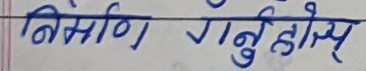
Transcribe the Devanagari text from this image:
निसर्ग गर्नु होस्